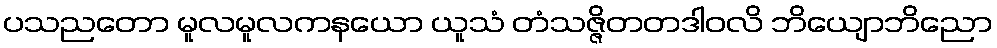
ပသညတော မူလမူလကနယော ယူသံ တံသဇ္ဇိတတဒါဝလိ ဘိယျောဘိညော